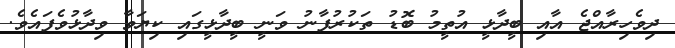
ދިވެހިރާއްޖެ އާއި ބީދާޅީ އުތީމު ބޮޑު ތަކުރުފާނު ވަނީ ބީދާޅީގައި ކިޔަވާ ވިދާޅުވެފައެވެ.